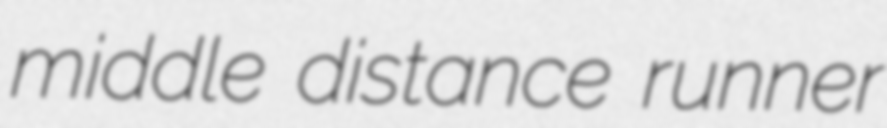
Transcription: middle distance runner